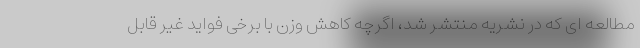
مطالعه ای که در نشریه منتشر شد، اگرچه کاهش وزن با برخی فواید غیر قابل